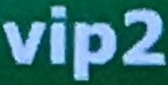
vip2